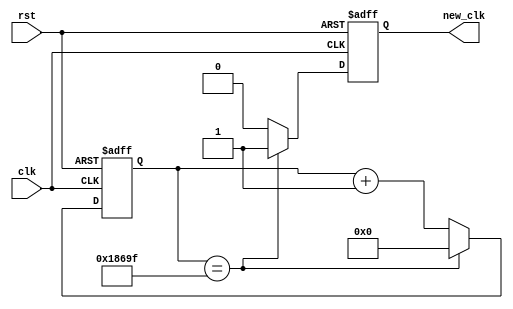
`timescale 1ns / 1ps

module clk_div
#(
	parameter CNT_WDT = 17,
	parameter DIVIDER = 100000
)
(
    input clk, rst,
    output reg new_clk
);
    
reg [CNT_WDT-1:0] cnt;

always@ (posedge clk, posedge rst)
	if(rst) begin
		cnt <= 0;
		new_clk <= 1'b0;
	end
	else if(cnt == DIVIDER-1) begin
		cnt <= 0;
		new_clk <= 1'b1;
	end
	else begin
		cnt <= cnt + 1'b1;
		new_clk <= 1'b0;
	end
    
endmodule